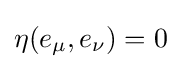
\eta (e_{\mu },e_{\nu })=0